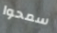
سمحوا